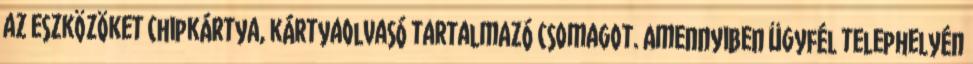
az eszközöket chipkártya, kártyaolvasó tartalmazó csomagot. Amennyiben ügyfél telephelyén